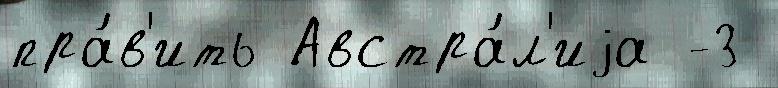
пра́в'ить Австра́л'иjа -3